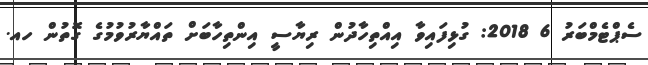
ސެޕްޓެމްބަރު 6 2018: ގުޅިފައިވާ އިއްތިހާދުން ރިޔާސީ އިންތިހާބަށް ތައްޔާރުވުމުގެ ގޮތުން ހއ.